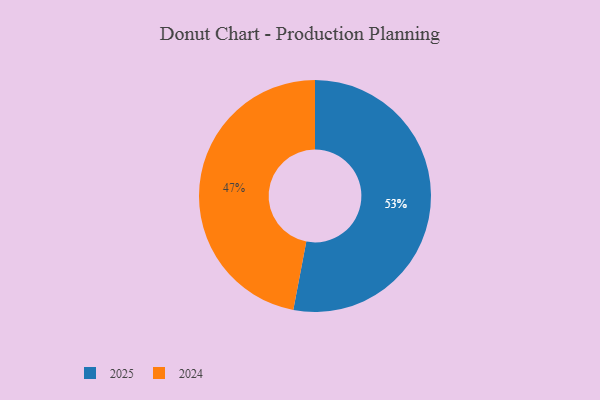
{"axis": {"x": "Category", "y": "Percentage"}, "legend": ["2024", "2025"], "data": [{"x": "2025", "y": 53, "type": "2025"}, {"x": "2024", "y": 47, "type": "2024"}]}